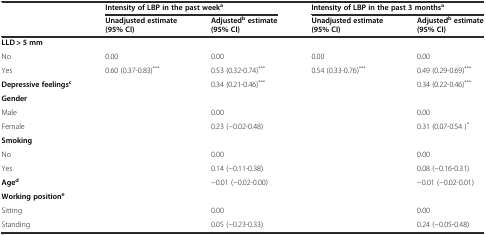
<table><thead><tr><td rowspan="2"></td><td colspan="2"><b>Intensity of LBP in the past week<sup>a</sup></b></td><td colspan="2"><b>Intensity of LBP in the past 3 months<sup>a</sup></b></td></tr><tr><td><b>Unadjusted estimate (95% CI)</b></td><td><b>Adjusted<sup>b</sup>estimate (95% CI)</b></td><td><b>Unadjusted estimate (95% CI)</b></td><td><b>Adjusted<sup>b</sup>estimate (95% CI)</b></td></tr></thead><tbody><tr><td colspan="5"><b>LLD &gt; 5 mm</b></td></tr><tr><td>No</td><td>0.00</td><td>0.00</td><td>0.00</td><td>0.00</td></tr><tr><td>Yes</td><td>0.60 (0.37-0.83)<sup>***</sup></td><td>0.53 (0.32-0.74)<sup>***</sup></td><td>0.54 (0.33-0.76)<sup>***</sup></td><td>0.49 (0.29-0.69)<sup>***</sup></td></tr><tr><td><b>Depressive feelings</b><sup><b>c</b></sup></td><td></td><td>0.34 (0.21-0.46)<sup>***</sup></td><td></td><td>0.34 (0.22-0.46)<sup>***</sup></td></tr><tr><td colspan="5"><b>Gender</b></td></tr><tr><td>Male</td><td></td><td>0.00</td><td></td><td>0.00</td></tr><tr><td>Female</td><td></td><td>0.23 (−0.02-0.48)</td><td></td><td>0.31 (0.07-0.54 )<sup>*</sup></td></tr><tr><td colspan="5"><b>Smoking</b></td></tr><tr><td>No</td><td></td><td>0.00</td><td></td><td>0.00</td></tr><tr><td>Yes</td><td></td><td>0.14 (−0.11-0.38)</td><td></td><td>0.08 (−0.16-0.31)</td></tr><tr><td><b>Age</b><sup><b>d</b></sup></td><td></td><td>−0.01 (−0.02-0.00)</td><td></td><td>−0.01 (−0.02-0.01)</td></tr><tr><td colspan="5"><b>Working position</b><sup><b>e</b></sup></td></tr><tr><td>Sitting</td><td></td><td>0.00</td><td></td><td>0.00</td></tr><tr><td>Standing</td><td></td><td>0.05 (−0.23-0.33)</td><td></td><td>0.24 (−0.05-0.48)</td></tr></tbody></table>